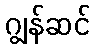
ဂျွန်ဆင်